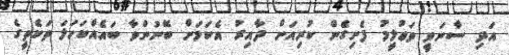
އަދި ސާނަވީ ތަޢުލީމު ފެށިގެން ކުރިއަށް ދާއިރު އެކަމަށް ބޭނުންވާ ބައެއްކަހަލަ ތަކެތީގެ